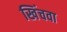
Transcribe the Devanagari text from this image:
खिंचवा